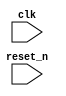
//SoC instance will auto gen by script or program written in C lang
module RV32I_SoC (
    clk,//on-board Crystal-Oscillator normally 50MHz
    reset_n,//on-board button
    //DRAM or SDRAM DDR1,2,3
    //FLASH
    //I2C_0
    //I2C_1
    //I2S
    //SPI_0
    //SPI_1
    //UART_0
    //UART_1
    //PS2_Keyboard
    //PS2_Mouse
    //VGA
    //SD Card native interface
    //GPIO
);
    input clk;
    input reset_n;

    //SoC instance
    /*
    RV32I_SoC inst{
        .clk    (CLOCK_50),
        .reset_n(BUTTON[0]),
        .
        .
        .
        .
        .
    };
    */
endmodule